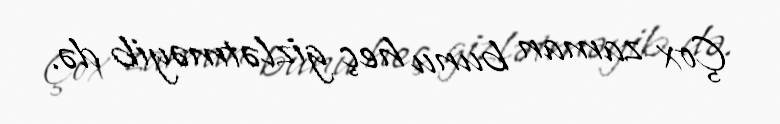
Çox zaman bunu heç gizlətməyib də.